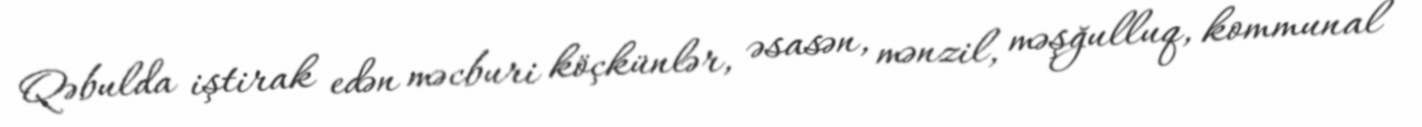
Qəbulda iştirak edən məcburi köçkünlər, əsasən, mənzil, məşğulluq, kommunal